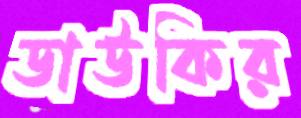
ডাউকির